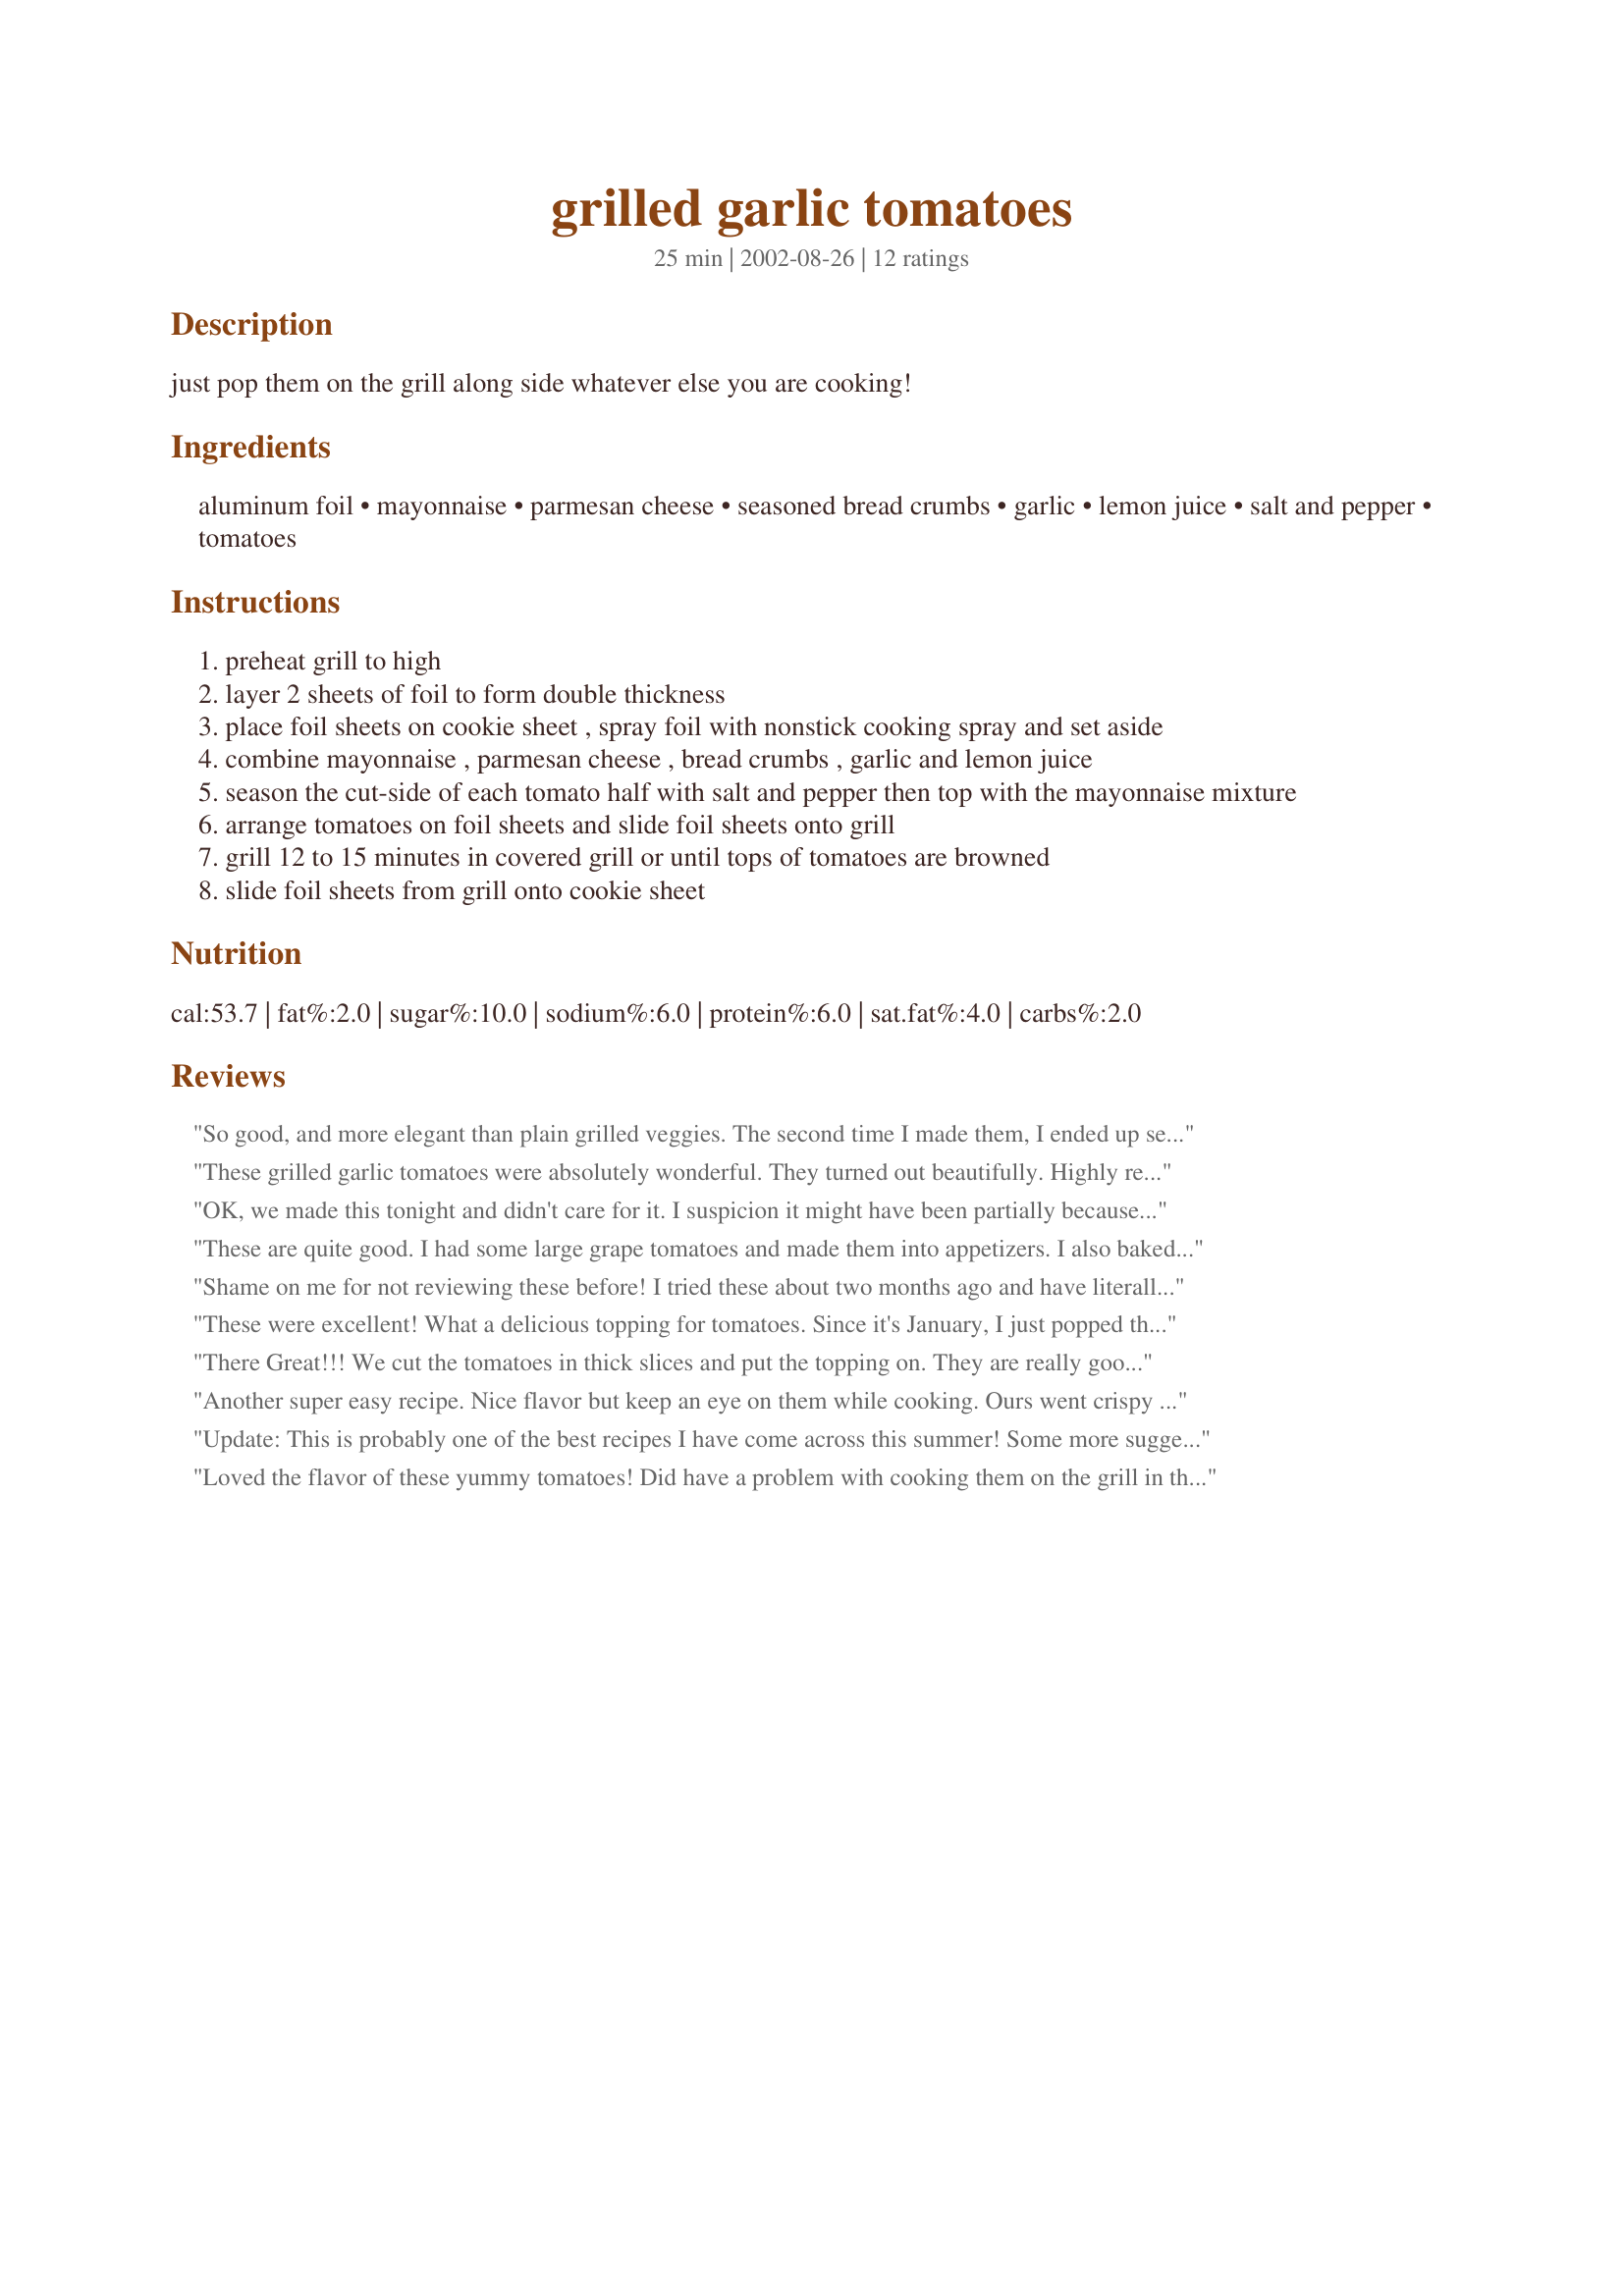
grilled garlic tomatoes
Preparation time: 25 minutes

just pop them on the grill along side whatever else you are cooking!

Ingredients:
aluminum foil, mayonnaise, parmesan cheese, seasoned bread crumbs, garlic, lemon juice, salt and pepper, tomatoes

Steps:
preheat grill to high
layer 2 sheets of foil to form double thickness
place foil sheets on cookie sheet , spray foil with nonstick cooking spray and set aside
combine mayonnaise , parmesan cheese , bread crumbs , garlic and lemon juice
season the cut-side of each tomato half with salt and pepper then top with the mayonnaise mixture
arrange tomatoes on foil sheets and slide foil sheets onto grill
grill 12 to 15 minutes in covered grill or until tops of tomatoes are browned
slide foil sheets from grill onto cookie sheet

Reviews:
So good, and more elegant than plain grilled veggies. The second time I made them, I ended up seeding the tomatoes a bit and stuffing them with some of the mixture instead of topping them with it. This way it didn't slide off and you get a little more of it! Yum! I left them on the grill a bit longer to get the cheese more melted since there was more of it.
This is one of my summer standards now - I mix up the topping and just leave it in the fridge to use whenever I grill.
These grilled garlic tomatoes were absolutely wonderful. They turned out beautifully. Highly recommend this recipe.

OK, we made this tonight and didn't care for it. I suspicion it might have been partially because I used Miracle Whip instead of mayo (because I had it on hand). However, I really am not sure we would have liked it anyway--too "out there" for us. My DH says they tasted like tomatoes, and I felt that the Miracle Whip taste was overpowering with a weird texture. Thanks for the recipe--I just wish it would have worked for us.

P.S. Remove the seeds from the tomatoes and shove the topping into the holes--that helps keep it on. I also molded the aluminum foil around them to help hold them upright.
These are quite good. I had some large grape tomatoes and made them into appetizers. I also baked them in a 400 degee oven instead of the grill. I didn't have fresh garlic, but I used granulated and it turned out just fine. Thanks for posting!
Shame on me for not reviewing these before! I tried these about two months ago and have literally made them countless numbers of times since and given the recipe to my family and friends (at their request after trying them). I'm actually now "known" for "my" tomatoes. I'd recommend this recipe to anyone!
These were excellent! What a delicious topping for tomatoes. Since it's January, I just popped the tomato halves in the oven and prepared them in that way - and they were soooooo good! I KNOW that we're going to add these to the grilling menu in the summer! I think this topping would also be good on zucchini halves or eggplant slices ... I have so many ideas for it. Very versatile, scrumptious, can't say enough good things about this dish. Thanks so much Lorac!!!
There Great!!! We cut the tomatoes in thick slices and put the topping on. They are really good, and I am not big on eating tomates on their own. Thank You
Another super easy recipe. Nice flavor but keep an eye on them while cooking. Ours went crispy on the top after only 12 minutes, but still excellent! Thanks for posting!
Update: This is probably one of the best recipes I have come across this summer! Some more suggestions!! Use vine ripen tomatoes; they seem to impart with a better flavor and hold up to grilling than the bigger, flesher tomatoes. Do away with the tin foil tray and use an small cookie sheet that can go directly on the bbq; it was a good idea but unless you can stablize the tin foil with another tray, it is very wobbly (we dropped a couple)!! I used the tray that came with my toaster oven. Make sure to use either a large garlic or 2 small ...and most definately seed the tomatoes!! June, 2010: We quite enjoyed this recipe. I only had Panko breadcrumbs on hand and I found that it worked very well. I would do this recipe again! Thanks for the posting!!
Loved the flavor of these yummy tomatoes! Did have a problem with cooking them on the grill in that the tomato bottoms got hot and the topping slid off. Next time I will just make them in the oven or use indirect heat on the grill. Thanks for sharing the recipe!
I loved the taste of this coming off the grille yesterday. However trying to top the mayo mixture on the tomato didn't work very well. It kept sliding off. *s* So we just sliced the tomatos up and mixed them in with the mixture. Tasted good.
Thanks for the recipe.
Yum! I made these (but dh grilled them) to go with grilled sirloin steak. Dh used mesquite chips for steak, and some of the flavored smoke went into the tomatoes...not a bad thing. I like them better than hubby, only ok for him, but he did eat it all! After reading the other reviews I used just a bit more seasoned (the heal from garden herb bread for the bread machine) seasoned bread crumbs and the mixture stayed on fine. Also, didn't have fresh parmesan cheese so used the shaker kind and that may have helped mixture stay on. It still tasted great and I will certainly make this again and for future bbq parties too!
